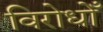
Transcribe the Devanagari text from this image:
विरोधोँ